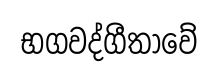
භගවද්ගීතාවේ